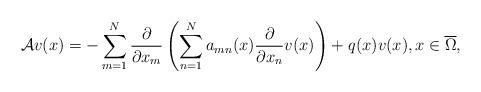
LaTeX: \begin{align*}\mathcal{A} v(x) = - \sum_{m=1}^N \frac{\partial }{\partial x_m} \left( \sum_{n=1}^N a _{mn}(x) \frac{\partial}{\partial x_n}v(x) \right) + q (x)v(x),x\in\overline{\Omega},\end{align*}